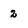
Character: 2